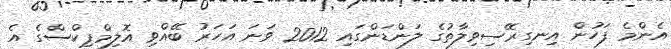
އެންމެ ފަހުން އިނގިރޭސިވިލާތުގެ ލަންޑަންގައި 2012 ވަނަ އަހަރު ބޭއްވި އޮލިމްޕިކްސްގެ އެ